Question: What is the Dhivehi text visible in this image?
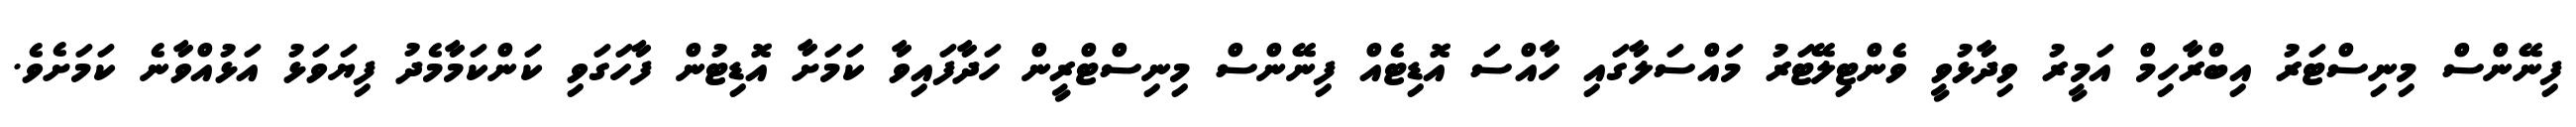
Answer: ފިނޭންސް މިނިސްޓަރު އިބްރާހިމް އަމީރު ވިދާޅުވީ ވެންޓިލޭޓަރު މައްސަލާގައި ހާއްސަ އޮޑިޓެއް ފިނޭންސް މިނިސްޓްރީން ހަދާފައިވާ ކަމަށާ އޮޑިޓުން ފާހަގަވި ކަންކަމާމެދު ފިޔަވަޅު އަޅުއްވާނެ ކަމަށެވެ.